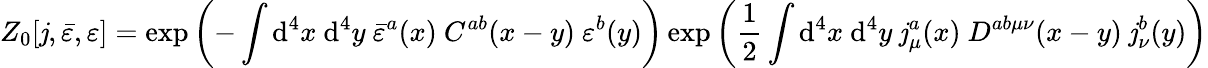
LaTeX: Z_{0}[\mathit{j},{\bar{{\varepsilon}}},\varepsilon]=\exp\left(-\int\mathrm{{d}}^{4}x\ \mathrm{{d}}^{4}y\ {\bar{{\varepsilon}}}^{a}(x)\ C^{ab}(x-y)\ \varepsilon^{b}(y)\right)\exp\left({\frac{{1}}{{2}}}\int\mathrm{{d}}^{4}x\ \mathrm{{d}}^{4}y\ \mathit{j}_{\mu}^{a}(x)\ D^{ab\mu\nu}(x-y)\ \mathit{j}_{\nu}^{b}(y)\right)